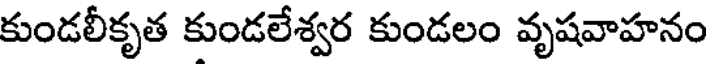
కుండలీకృత కుండలేశ్వర కుండలం వృషవాహనం